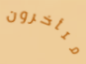
متأخرون